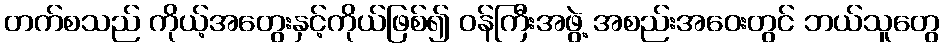
တက်စသည် ကိုယ့်အတွေးနှင့်ကိုယ်ဖြစ်၍ ဝန်ကြီးအဖွဲ့ အစည်းအဝေးတွင် ဘယ်သူတွေ